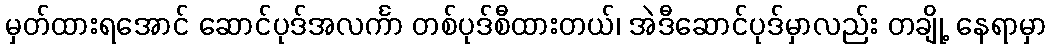
မှတ်ထားရအောင် ဆောင်ပုဒ်အလင်္ကာ တစ်ပုဒ်စီထားတယ်၊ အဲဒီဆောင်ပုဒ်မှာလည်း တချို့ နေရာမှာ